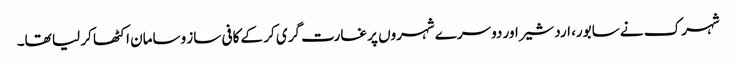
شہرک نے سابور، اردشیراور دوسرے شہروں پر غارت گری کر کے کافی ساز وسامان اکٹھا کر لیا تھا۔